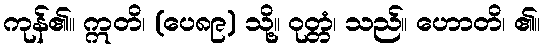
ကုန်၏။ ဣတိ၊ (ပေ၈၉) သို့။ ဝုတ္တံ၊ သည်။ ဟောတိ၊ ၏။